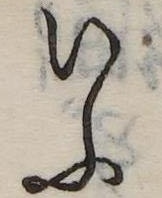
いふ